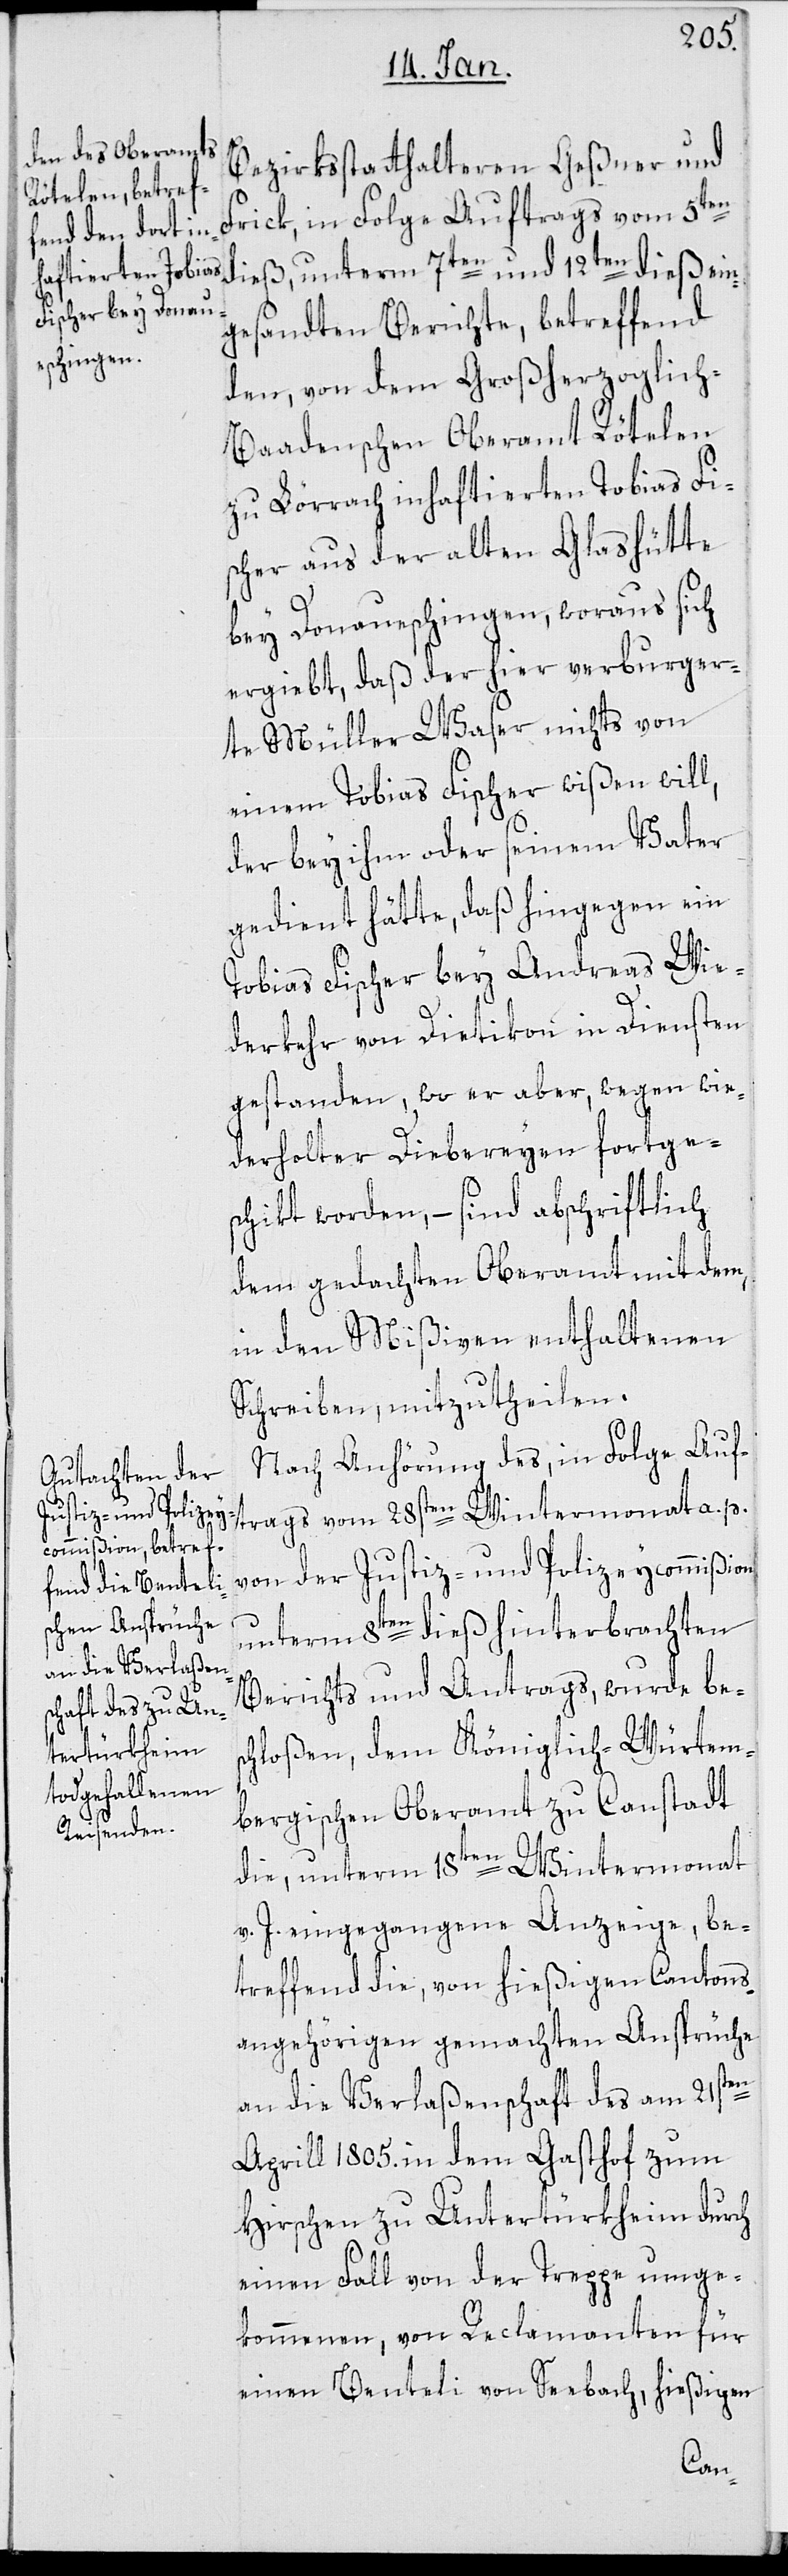
Bezirksstatthalteren Geßner und
Frick, in Folge Auftrags vom 5ten
dieß, unterm 7ten und 12ten dieß ein¬
gesandten Berichte, betreffend
den, von dem Großherzoglich-B¬
aadenschen Oberamt Rötelen
zu Lörrach inhaftierten Tobias Fi¬
scher aus der alten Glashütte
bey Donaueschingen, woraus sich
ergiebt, daß der hier verburger¬
te Müller Waser nichts von
einem Tobias Fischer wißen will,
der bey ihm oder seinem Vater
gedient hätte, daß hingegen ein
Tobias Fischer bey Andreas Wie¬
derkehr von Dietikon in Diensten
gestanden, wo er aber, wegen wie¬
derholter Diebereyen fortge¬
schikt worden, – sind abschriftlich
dem gedachten Oberamt mit dem,
in den Mißiven enthaltenen
Schreiben, mitzutheilen.
Nach Anhörung des, in Folge Auf¬
trags vom 28sten Wintermonat a. p.
von der Justiz- und Polizeycommißion
unterm 8ten dieß hinterbrachten
Berichts und Antrags, wurde bes¬
chloßen, dem Königlich-Würtem¬
bergischen Oberamt zu Canstadt
die, unterm 18ten Wintermonat
v. J. eingegangene Anzeige, be¬
treffend die, von hießigen Cantons¬
angehörigen gemachten Ansprüche
an die Verlaßenschaft des am 21sten
Aprill 1805. in dem Gasthof zum
Hirschen zu Untertürkheim durch
einen Fall von der Truppe umge¬
kommenen, von Reclamanten für
einen Benteli von Seebach, hießigen